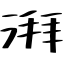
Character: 湃